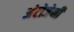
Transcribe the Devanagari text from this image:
अंटोजेनी